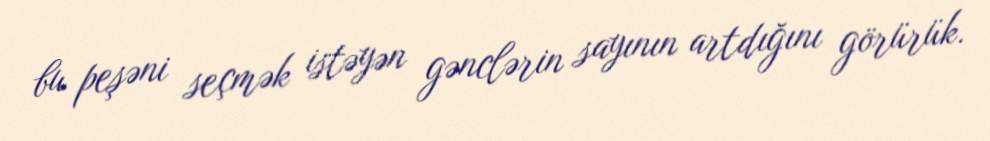
bu peşəni seçmək istəyən gənclərin sayının artdığını görürük.